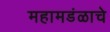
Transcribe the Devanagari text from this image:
महामडंळाचे